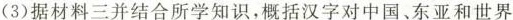
（3）据材料三并结合所学知识，概括汉字对中国、东亚和世界